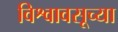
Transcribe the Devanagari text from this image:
विश्वावसूच्या